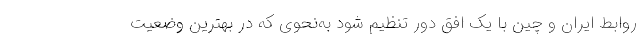
روابط ایران و چین با یک افق دور تنظیم شود به‌نحوی که در بهترین وضعیت